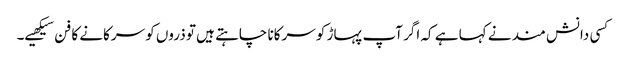
کسی دانش مند نے کہا ہے کہ اگر آپ پہاڑ کو سرکانا چاہتے ہیں تو ذروں کو سرکانے کا فن سیکھیے۔